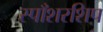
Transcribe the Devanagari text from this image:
स्पाँशरशिप